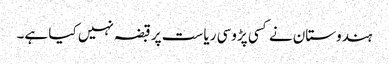
ہندوستان نے کسی پڑوسی ریاست پر قبضہ نہیں کیا ہے۔